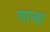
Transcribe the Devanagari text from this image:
गाऱ्या